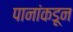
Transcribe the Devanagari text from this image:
पानांकडून